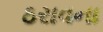
ઠરાવના